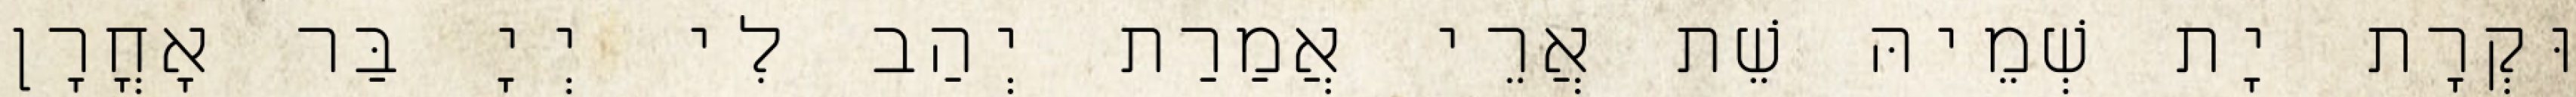
וּקְרָת יָת שְׁמֵיהּ שֵׁת אֲרֵי אֲמַרַת יְהַב לִי יְיָ בַּר אָחֳרָן